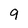
Character: 9